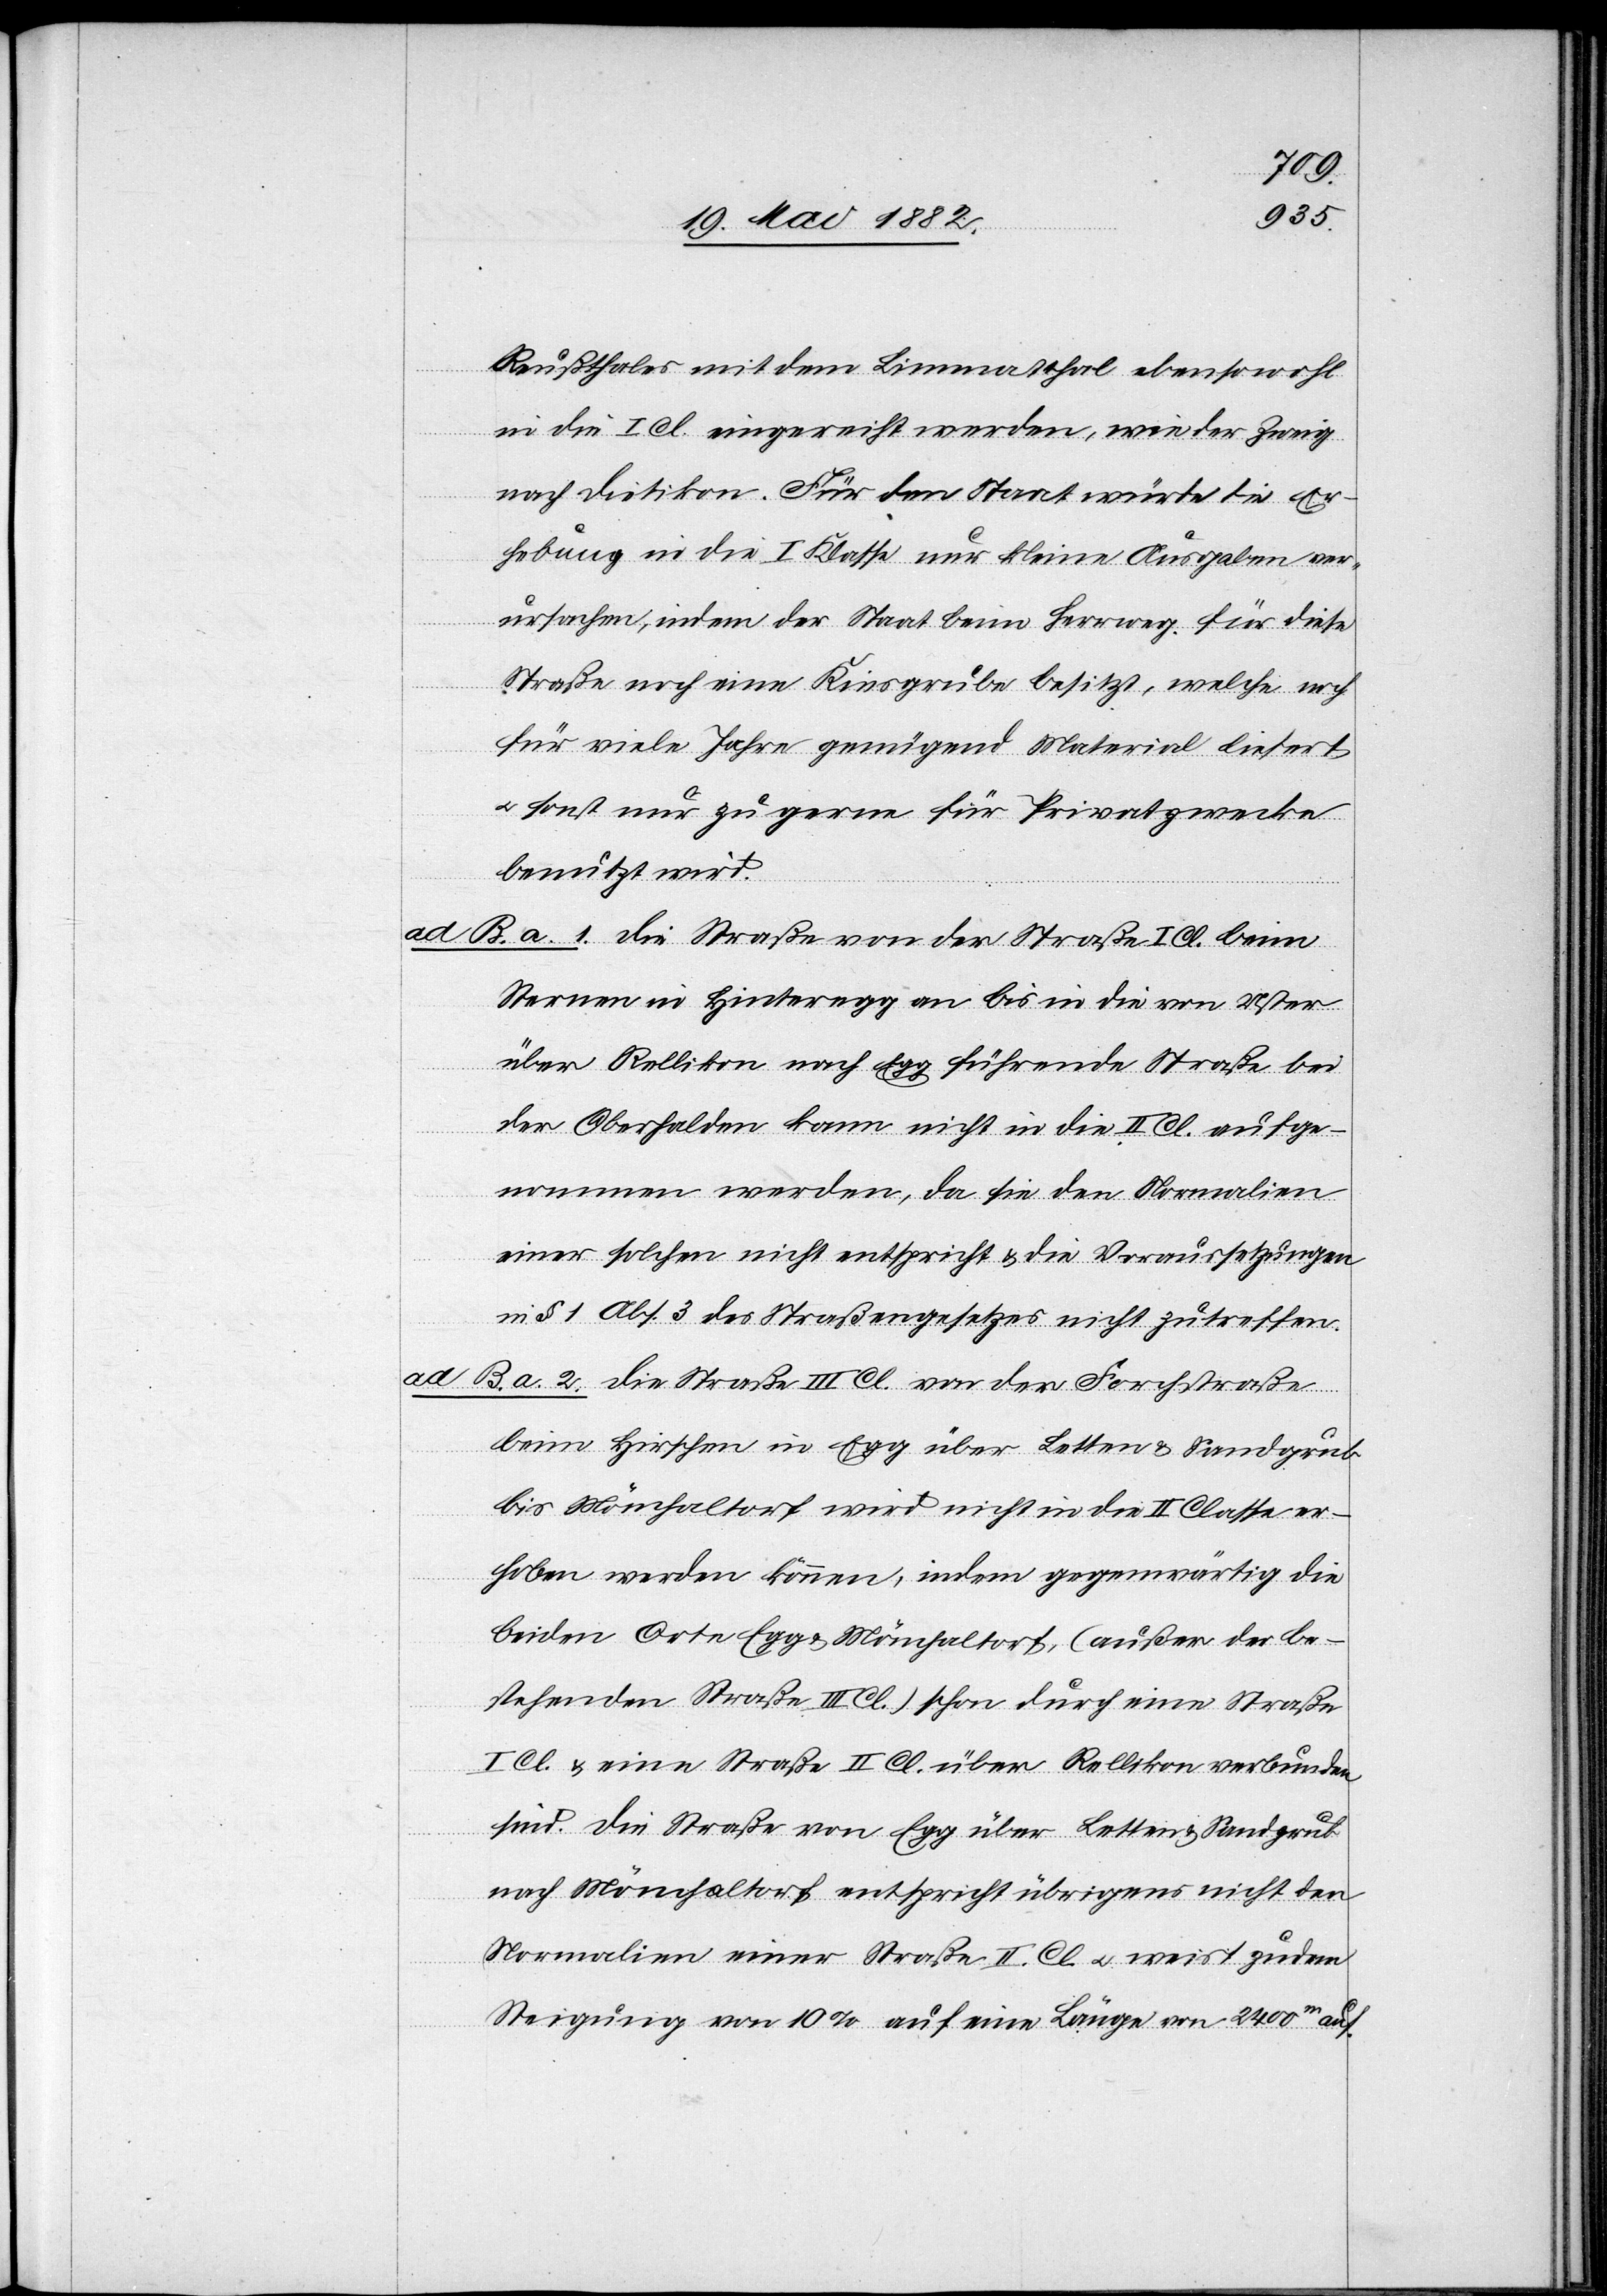
Reußthales mit dem Limmatthal ebensowohl
in die I. Cl. eingereiht werden [sic!], wie der Zweig
nach Dietikon. Für den Staat würde die Er¬
hebung in die I. Klasse nur kleine Ausgaben ver¬
ursachen, indem der Staat beim Herrweg für diese
Straße noch eine Kiesgrube besitzt, welche noch
für viele Jahre genügend Material liefert
u. sonst nur zu gerne für Privatzwecke
benutzt wird.
ad B. a. 1. Die Straße von der Straße I. Cl. beim
Sternen in Hinteregg an bis in die von Uster
über Rellikon nach Egg führende Straße bei
der Oberhalden kann nicht in die II. Cl. aufge¬
nommen werden, da sie den Normalien
einer solchen nicht entspricht & die Voraussetzungen
in § 1 Abs. 3 des Straßengesetzes nicht zutreffen.
ad B. a. 2. Die Straße III. Cl. von der Forchstraße
beim Hirschen in Egg über Letten & Sandgrub
bis Mönchaltorf wird nicht in die II. Classe er¬
hoben werden können, indem gegenwärtig die
beiden Orte Egg & Mönchaltorf (außer der be¬
stehenden Straße III. Cl.) schon durch eine Straße
I. Cl. & eine Straße II. Cl. über Rellikon verbunden
sind. Die Straße von Egg über Letten & Sandgrub
nach Mönchaltorf entspricht übrigens nicht den
Normalien einer Straße II. Cl. u. weist zudem
Steigung von 10% auf eine Länge von 240m auf.